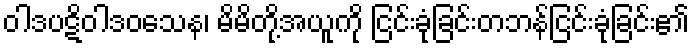
ဝါဒပဋိဝါဒဝသေန၊ မိမိတို့အယူကို ငြင်းခုံခြင်းတဘန်ငြင်းခုံခြင်း၏